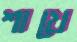
শাখে